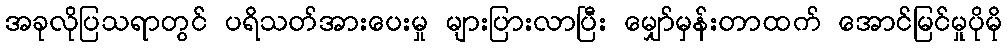
အခုလိုပြသရာတွင် ပရိသတ်အားပေးမှု များပြားလာပြီး မျှော်မှန်းတာထက် အောင်မြင်မှုပိုမို